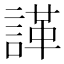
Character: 諽